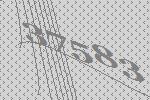
37583